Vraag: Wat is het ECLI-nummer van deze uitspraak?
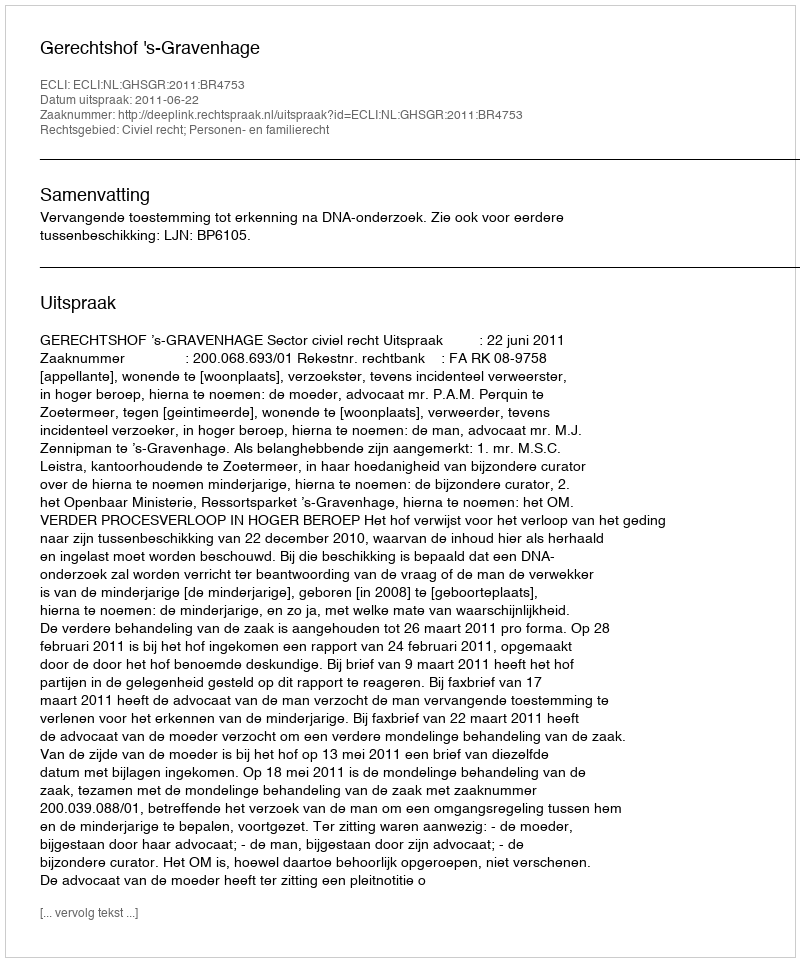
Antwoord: ECLI:NL:GHSGR:2011:BR4753